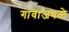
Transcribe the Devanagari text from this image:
गावाजवळे